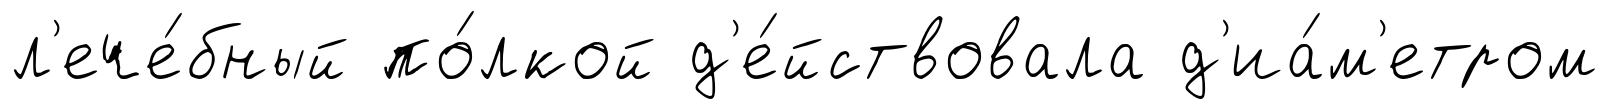
л'ече́бный по́лкой д'е́йствовала д'иа́м'етром